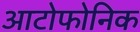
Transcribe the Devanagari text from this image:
आटोफोनिक